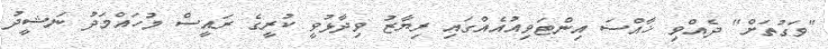
"ވަގުތަށް" ދެއްވި ޚާއްސަ އިންޓަވިއުއެއްގައި ރިޔާޒު ވިދާޅުވީ ކުރީގެ ރައީސް މުހައްމަދު ނަޝީދު